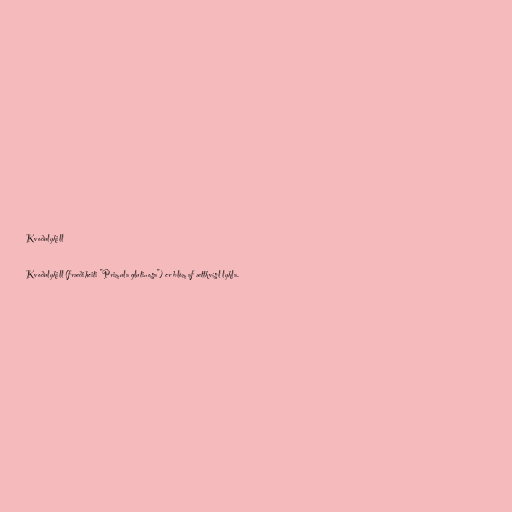
Kvoðulykill

Kvoðulykill (fræðiheiti "Primula glutinosa") er blóm af ættkvísl lykla.